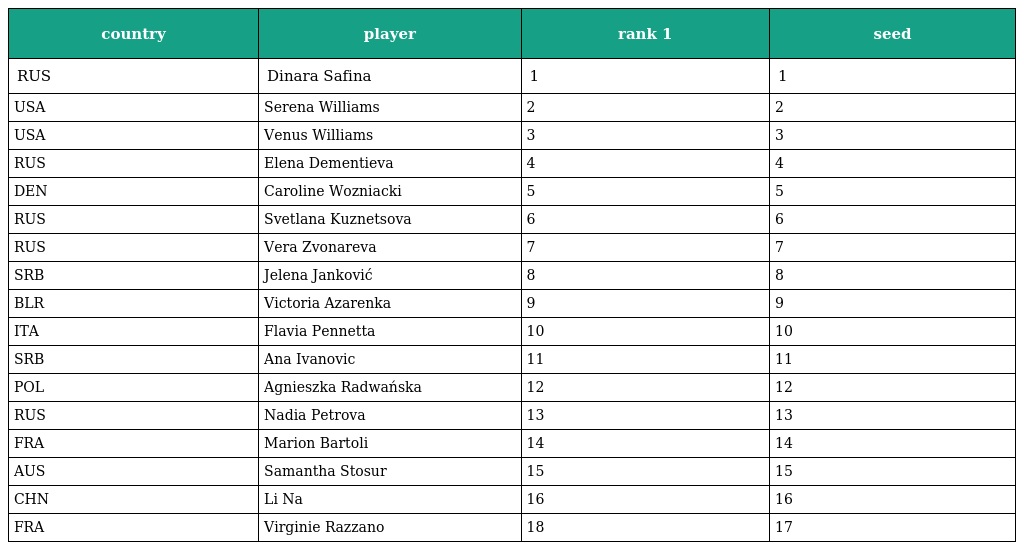
| country | player | rank 1 | seed |
 | --- | --- | --- | --- |
 | RUS | Dinara Safina | 1 | 1 |
 | USA | Serena Williams | 2 | 2 |
 | USA | Venus Williams | 3 | 3 |
 | RUS | Elena Dementieva | 4 | 4 |
 | DEN | Caroline Wozniacki | 5 | 5 |
 | RUS | Svetlana Kuznetsova | 6 | 6 |
 | RUS | Vera Zvonareva | 7 | 7 |
 | SRB | Jelena Janković | 8 | 8 |
 | BLR | Victoria Azarenka | 9 | 9 |
 | ITA | Flavia Pennetta | 10 | 10 |
 | SRB | Ana Ivanovic | 11 | 11 |
 | POL | Agnieszka Radwańska | 12 | 12 |
 | RUS | Nadia Petrova | 13 | 13 |
 | FRA | Marion Bartoli | 14 | 14 |
 | AUS | Samantha Stosur | 15 | 15 |
 | CHN | Li Na | 16 | 16 |
 | FRA | Virginie Razzano | 18 | 17 |